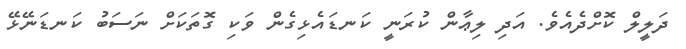
ދަލީލް ކޮށްދެއެވެ. އަދި ލިޢާން ކުރަނީ ކަނޑައެޅިގެން ވަކި ގޮތަކަށް ނަސަބު ކަނޑަނޭޅޭ